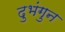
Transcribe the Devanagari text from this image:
दुभंगुन